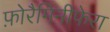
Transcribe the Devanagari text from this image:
फ़ोरैमिनीफेरा